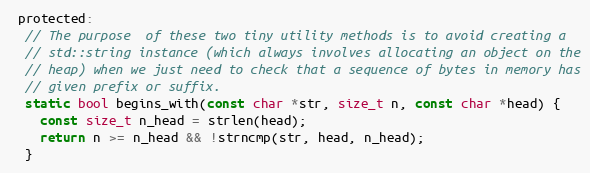
Language: C
 protected:
  // The purpose  of these two tiny utility methods is to avoid creating a
  // std::string instance (which always involves allocating an object on the
  // heap) when we just need to check that a sequence of bytes in memory has
  // given prefix or suffix.
  static bool begins_with(const char *str, size_t n, const char *head) {
    const size_t n_head = strlen(head);
    return n >= n_head && !strncmp(str, head, n_head);
  }